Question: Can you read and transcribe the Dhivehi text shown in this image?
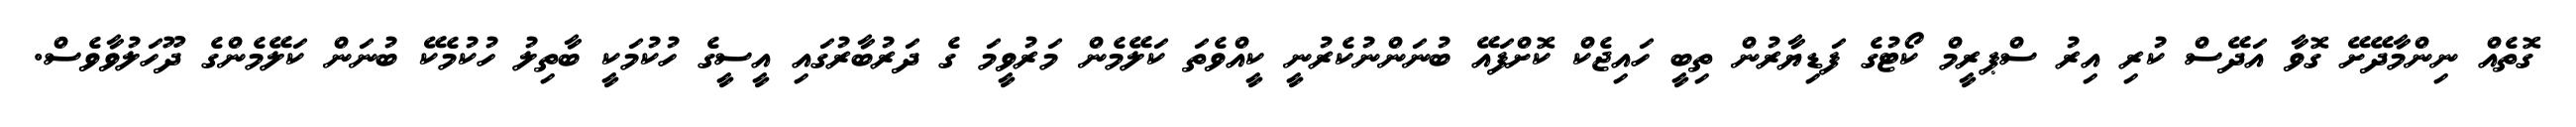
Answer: ގޮތެއް ނިންމާދޭށޭ ގޮވާ އަދޭސް ކުރި އިރު ސްޕރީމް ކޯޓުގެ ފަޑިޔާރުން ތިބީ ހައިޖެކް ކޮށްފައޭ ބުނަންނުކެރުނީ ކީއްވެތަ ކަލޭމެން މަރުވީމަ ގެ ދަރުބާރުގައި އީސީގެ ހުކުމަކީ ބާތިލު ހުކުމެކޭ ބުނަން ކަލޭމެންގެ ދޫހަލުވާވެސް.